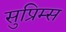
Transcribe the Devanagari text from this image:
सुप्रिम्स